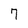
Character: 7